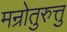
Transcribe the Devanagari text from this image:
मन्रोतुरुत्तु